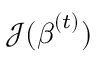
{ \mathcal { J } } ( { \boldsymbol { \beta } } ^ { ( t ) } )